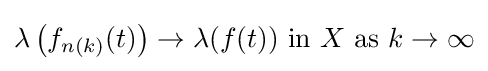
\lambda \left(f_{n(k)}(t)\right)\to \lambda (f(t)){\mbox{ in }}X{\mbox{ as }}k\to \infty